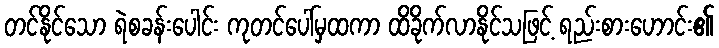
တင်နိုင်သော ရဲစခန်းပေါင်း ကုတင်ပေါ်မှထကာ ထိခိုက်လာနိုင်သဖြင့် ရည်းစားဟောင်း၏